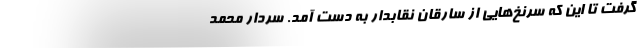
گرفت تا این که سرنخ‌هایی از سارقان نقابدار به دست آمد. سردار محمد